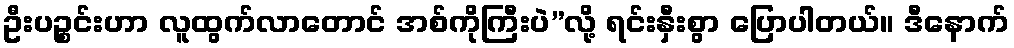
ဦးပဉ္စင်းဟာ လူထွက်လာတောင် အစ်ကိုကြီးပဲ”လို့ ရင်းနှီးစွာ ပြောပါတယ်။ ဒီနောက်